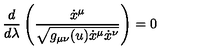
\frac { d } { d \lambda } \left( \frac { \dot { x } ^ { \mu } } { \sqrt { g _ { \mu \nu } ( u ) \dot { x } ^ { \mu } \dot { x } ^ { \nu } } } \right) = 0